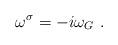
LaTeX: \begin{align*}\omega^\sigma = -i \omega_G~.\end{align*}